Report of an investigation into the causes of malaria in Bombay and the measures necessary for its control
Disease focus: Malaria
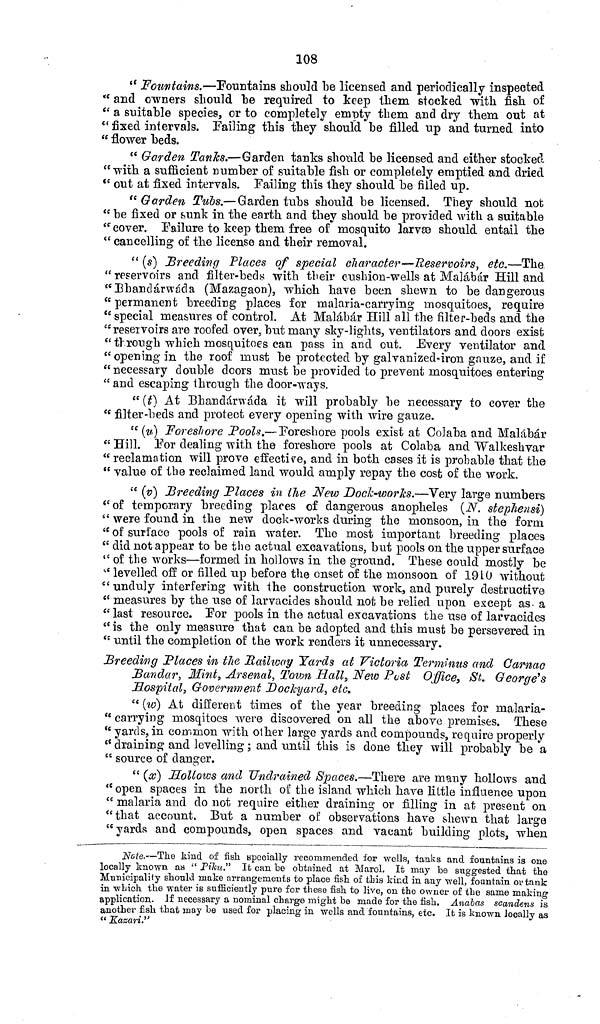
108
" Fountains.—Fountains should be licensed and periodically inspected
" and owners should be required to keep them stocked with fish, of
" a suitable species, or to completely empty them and dry them out at
" fixed intervals. Failing this they should be filled up and turned into
" flower beds.
" Garden Tanks.—Garden tanks should be licensed and either stocked
"with a sufficient number of suitable fish or completely emptied and dried
" out at fixed intervals. Failing this they should be filled up.
" Garden Tubs.— Garden tubs should be licensed. They should not
" be fixed or sunk in the earth and they should be provided with a suitable
" cover. Failure to keep them free of mosquito larvae should entail the
" cancelling of the license and their removal.
" (s) Breeding Places of special character—Reservoirs, etc.—The
"reservoirs and filter-beds with their cushion-wells at Malabar Hill and
"Bhandárwáda (Mazagaon), which have been shewn to be dangerous
" permanent breeding places for malaria-carrying mosquitoes, require
" special measures of control. At Malabar Hill all the filter-beds and the
"reservoirs are roofed over, but many sky-lights, ventilators and doors exist
" through which mosquitoes can pass in and out. Every ventilator and
"opening in the roof must be protected by galvanized-iron gauze, and if
"necessary double doors must be provided to prevent mosquitoes entering
" and escaping through the door-ways.
" (t) At Bhandárwáda it will probably be necessary to cover the
" filter-beds and protect every opening with wire gauze.
" (u) Foreshore Pools.—Foreshore pools exist at Colaba and Malabar
" Hill. For dealing with the foreshore pools at Colaba and Walkeshvar
" reclamation will prove effective, and in both cases it is probable that the
" value of the reclaimed land would amply repay the cost of the work.
" (v) Breeding Places in the New Dock-works.—Very large numbers
"of temporary breeding places of dangerous anopheles (N. stephensi)
" were found in the new dock-works during the monsoon, in the form
" of surface pools of rain water. The most important breeding places
" did not appear to be the actual excavations, but pools on the upper surface
"of the works—formed in hollows in the ground. These could mostly be
" levelled off or filled up before the onset of the monsoon of 1910 without
" unduly interfering with the construction work, and purely destructive
" measures by the use of larvacides should not be relied upon except as a
" last resource. For pools in the actual excavations the use of larvacides
" is the only measure that can be adopted and this must be persevered in
" until the completion of the work renders it unnecessary.
Breeding Places in the Railway Yards at Victoria Terminus and Carnac
Bandar, Mint, Arsenal, Town Hall, New Past Office, St. George's
Hospital, Government Dockyard, etc.
" (w) At different times of the year breeding places for malaria-
" carrying mosqitoes were discovered on all the above premises. These
" yards, in common with other large yards and compounds, require properly
" draining and levelling; and until this is done they will probably be a
" source of danger.
" (x) Hollows and Undrained Spaces.—There are many hollows and
"open spaces in the north of the island which have little influence upon
" malaria and do not require either draining or filling in at present on
"that account. But a number of observations have shewn that large
" yards and compounds, open spaces and vacant building plots, when
Note.—The kind of fish specially recommended for wells, tanks and fountains is one
locally known as " Piku." It can be obtained at Marol. It may be suggested that the
Municipality should make arrangements to place fish of this kind in any well, fountain or tank
in which the water is sufficiently pure for these fish to live, on the owner of the same making
application. If necessary a nominal charge might be made for the fish. Anabas scandens is
another fish that may be used for placing in wells and fountains, etc. It is known locally as
" Kazari."